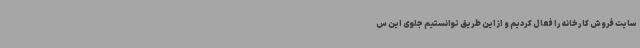
سایت فروش کارخانه را فعال کردیم و از این طریق توانستیم جلوی این س